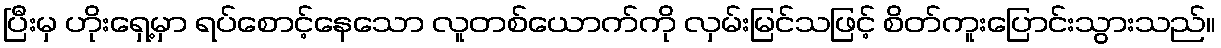
ပြီးမှ ဟိုးရှေ့မှာ ရပ်စောင့်နေသော လူတစ်ယောက်ကို လှမ်းမြင်သဖြင့် စိတ်ကူးပြောင်းသွားသည်။